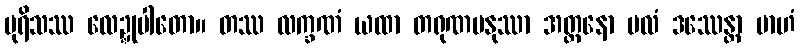
ပုရိသဿ လေဍ္ဍုပါတော။ တဿ လက္ခဏံ ယထာ တရုဏမနုဿာ အတ္တနော ဗလံ ဒဿေန္တာ ဗာဟံ